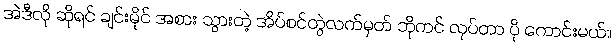
အဲဒီလို ဆိုရင် ချင်းမိုင် အစား သွားတဲ့ အိပ်စင်တွဲလက်မှတ် ဘိုကင် လုပ်တာ ပို ကောင်းမယ်။